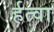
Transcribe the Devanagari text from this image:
र्हत्वा